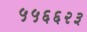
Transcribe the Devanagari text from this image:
५५६६२३